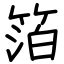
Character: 箔